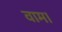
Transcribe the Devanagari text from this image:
वाम।